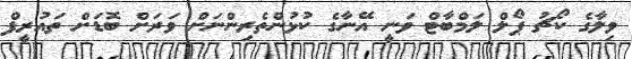
ވިލާގެ ކޯޗު ޕޯލް ލަމްބާޓް ވަނީ އޭނާގެ ކުޅުންތެރިންނަށް ވަރަށް ބޮޑަށް ތައުރީފް